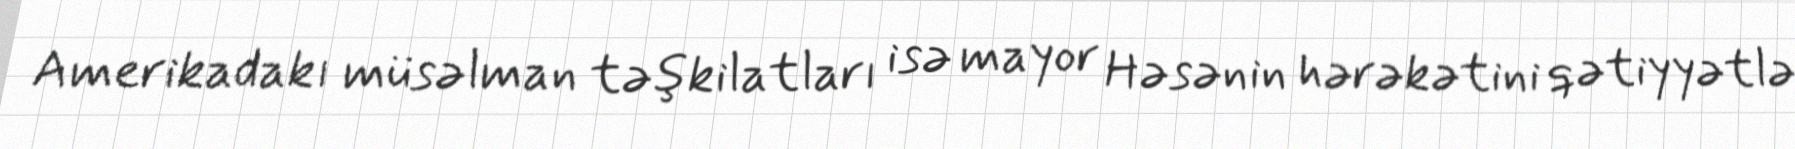
Amerikadakı müsəlman təşkilatları isə mayor Həsənin hərəkətini qətiyyətlə